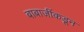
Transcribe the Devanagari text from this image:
बाबाजींकडून